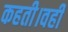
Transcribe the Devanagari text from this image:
कहती।वहीं